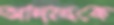
আদায়কে